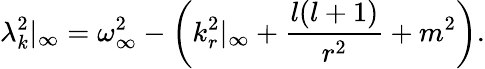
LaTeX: \lambda_{k}^{2}|_{\infty}=\omega_{\infty}^{2}-\left(k_{r}^{2}|_{\infty}+{\frac{l(l+1)}{r^{2}}}+m^{2}\right).